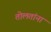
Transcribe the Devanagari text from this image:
तोलतांना